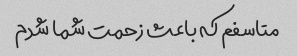
متاسفم که باعث زحمت شما شدم